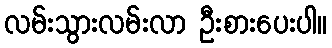
လမ်းသွားလမ်းလာ ဦးစားပေးပါ။